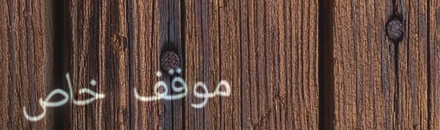
موقف خاص